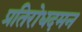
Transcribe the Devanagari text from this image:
प्रतिरोधदमन